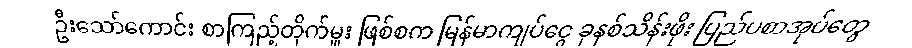
ဦးသော်ကောင်း စာကြည့်တိုက်မှူး ဖြစ်စက မြန်မာကျပ်ငွေ ခုနစ်သိန်းဖိုး ပြည်ပစာအုပ်တွေ